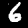
Label: 6